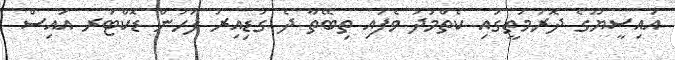
އައިސީޔޫގެ ދޮރުމަތީގައި ކެތްމަދު ވެފައި ތިބޭތާ ދެ ގަޑިއިރު ފަހުން ޑޮކްޓަރ އައިސް